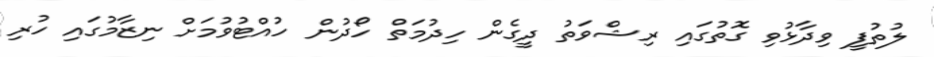
ލުތުފީ ވިދާޅުވި ގޮތުގައި ރިޝްވަތު ދީގެން ހިދުމަތް ހޯދުން ހުއްޓުވުމަށް ނިޒާމުގައި ހުރި